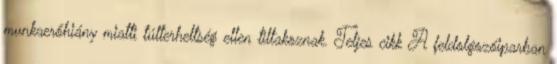
munkaerőhiány miatti túlterheltség ellen tiltakoznak. Teljes cikk A feldolgozóiparban